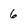
Character: 6